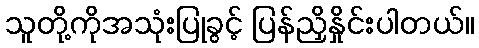
သူတို့ကိုအသုံးပြုခွင့် ပြန်ညှိနှိုင်းပါတယ်။